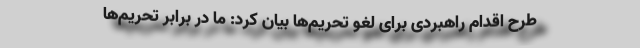
طرح اقدام راهبردی برای لغو تحریم‌ها بیان کرد: ما در برابر تحریم‌ها